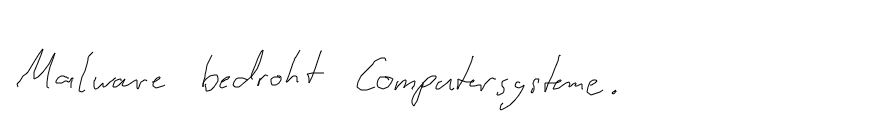
Malware bedroht Computersysteme.